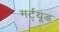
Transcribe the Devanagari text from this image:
गर्ट्‌यूड